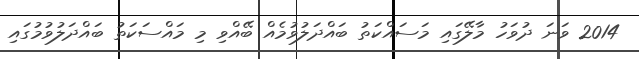
2014 ވަނަ ދުވަހު މާލޭގައި މަސައްކަތު ބައްދަލުވުމެއް ބޭއްވި މި މައްސަކަތު ބައްދަލުވުމުގައި